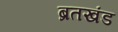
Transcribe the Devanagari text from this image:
ब्रतखंड